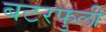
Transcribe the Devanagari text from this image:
बटरफुली